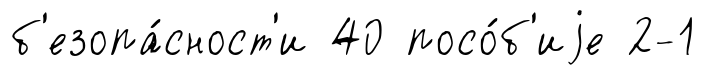
б'езопа́сност'и 40 посо́б'иjе 2-1